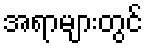
အရာများတွင်